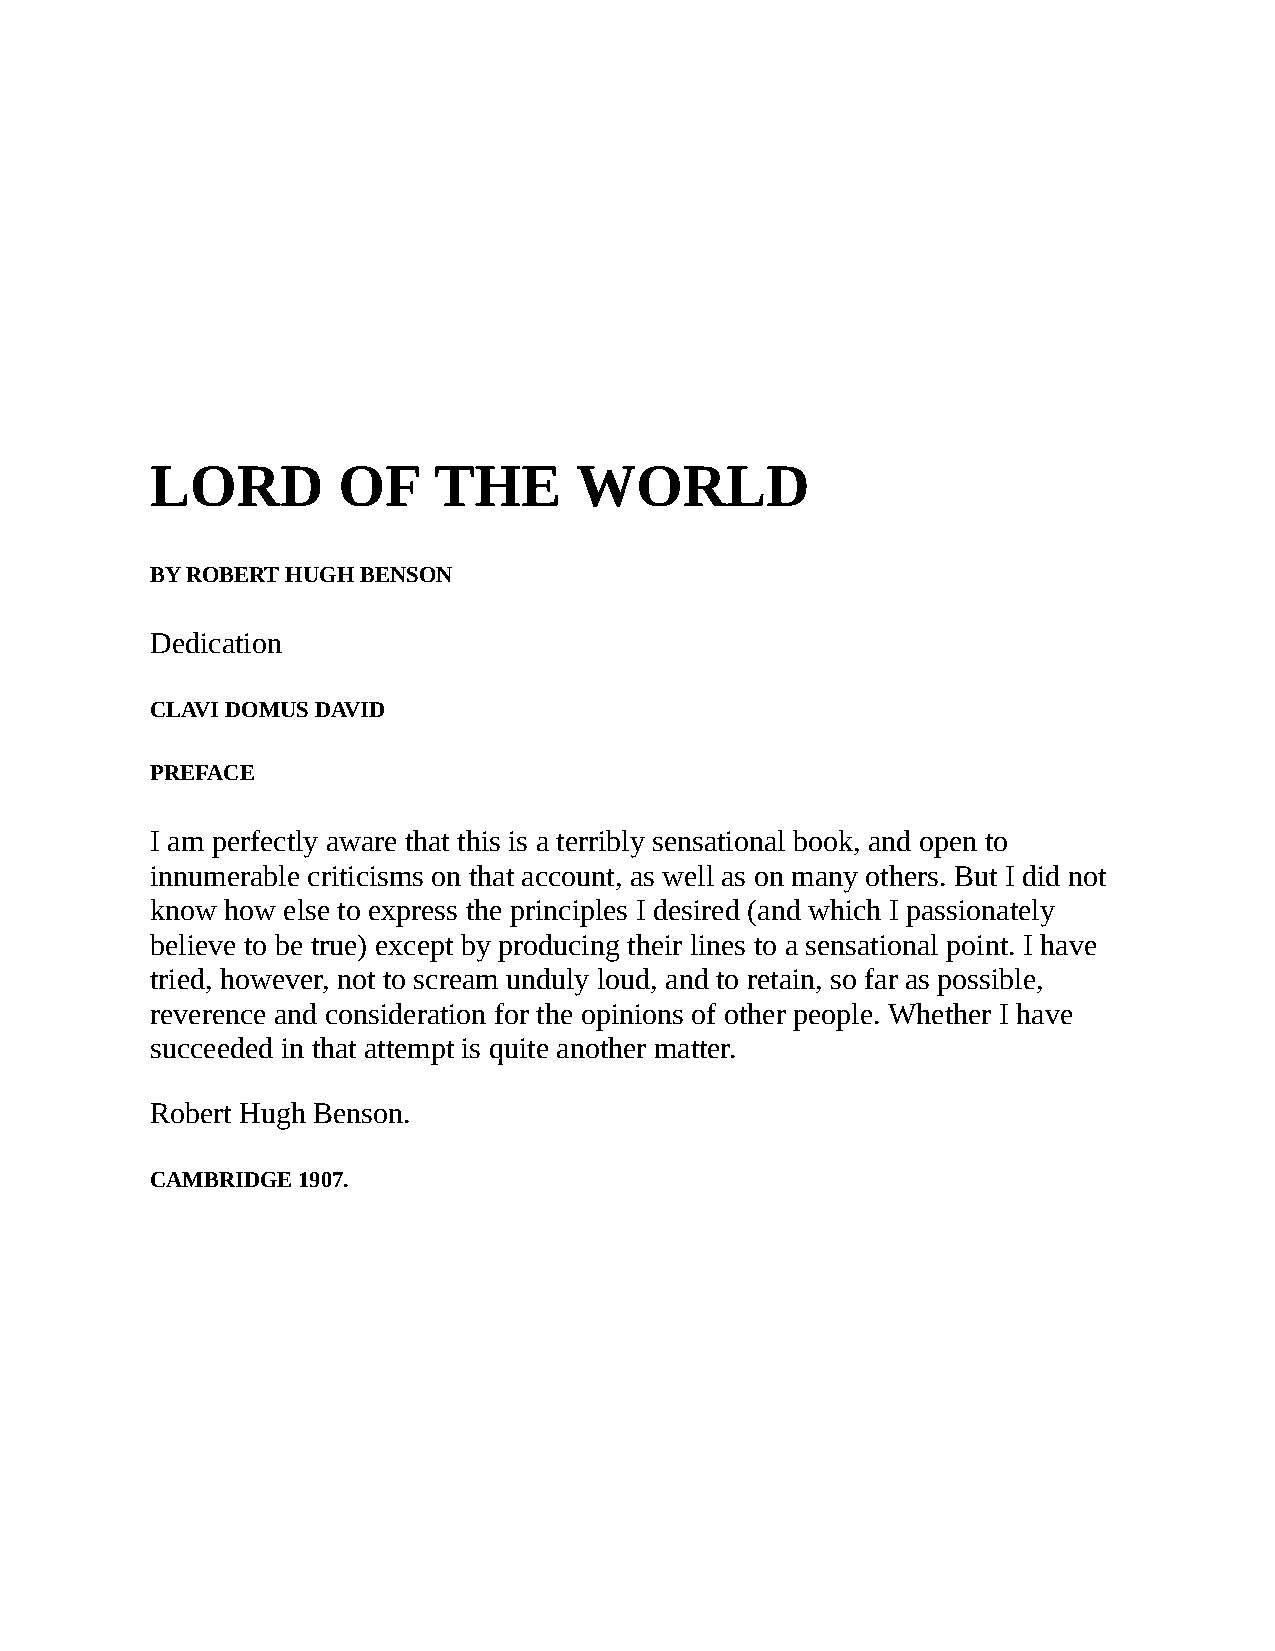
LORD        OF     THE      WORLD
 BY ROBERT HUGH BENSON
 Dedication
 CLAVI DOMUS DAVID
 PREFACE
 I am perfectly aware that this is a terribly sensational book, and open to
 innumerable criticisms on that account, as well as on many others. But I did not
 know how else to express the principles I desired (and which I passionately
 believe to be true) except by producing their lines to a sensational point. I have
 tried, however, not to scream unduly loud, and to retain, so far as possible,
 reverence and consideration for the opinions of other people. Whether I have
 succeeded in that attempt is quite another matter.
 Robert Hugh Benson.
 CAMBRIDGE 1907.